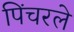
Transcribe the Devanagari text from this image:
पिंचरले